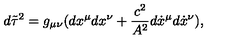
d \tilde { \tau } ^ { 2 } = g _ { \mu \nu } ( d x ^ { \mu } d x ^ { \nu } + \frac { c ^ { 2 } } { A ^ { 2 } } d \dot { x } ^ { \mu } d \dot { x } ^ { \nu } ) { , }